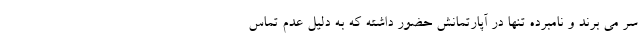
سر می برند و نامبرده تنها در آپارتمانش حضور داشته که به دلیل عدم تماس